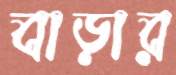
বাড়ার